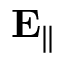
{ \bf E } _ { \parallel }